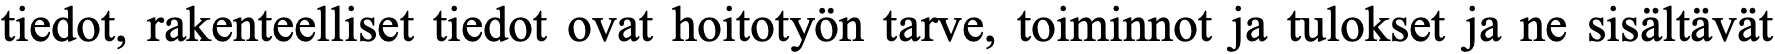
tiedot, rakenteelliset tiedot ovat hoitotyön tarve, toiminnot ja tulokset ja ne sisältävät